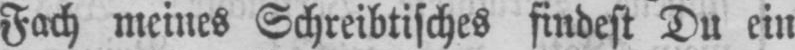
Fach meines Schreibtisches findest Du ein